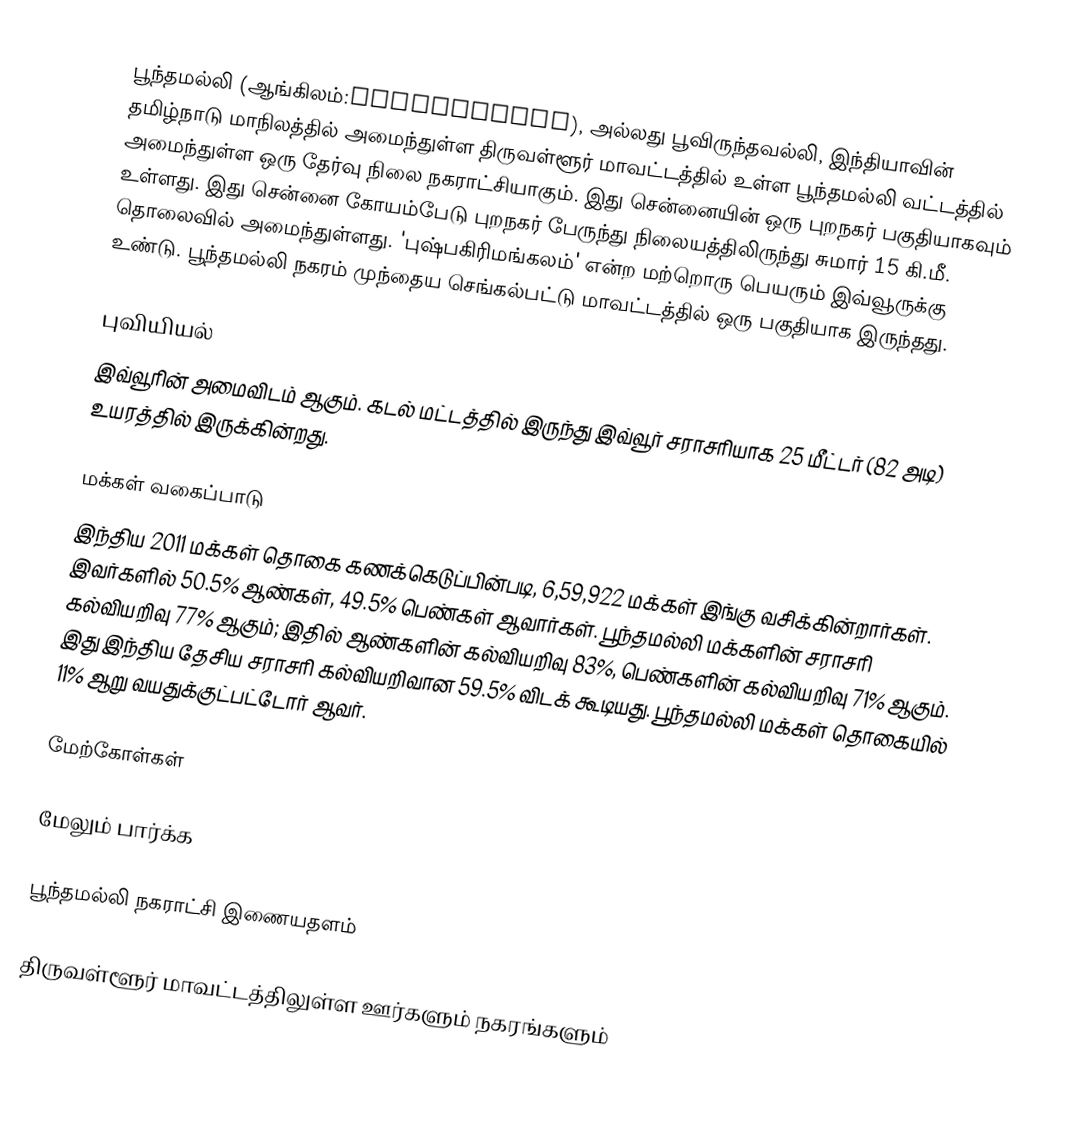
பூந்தமல்லி (ஆங்கிலம்:Poonamallee), அல்லது பூவிருந்தவல்லி, இந்தியாவின் தமிழ்நாடு மாநிலத்தில் அமைந்துள்ள திருவள்ளூர் மாவட்டத்தில் உள்ள பூந்தமல்லி வட்டத்தில் அமைந்துள்ள ஒரு தேர்வு நிலை நகராட்சியாகும். இது சென்னையின் ஒரு புறநகர் பகுதியாகவும் உள்ளது. இது சென்னை கோயம்பேடு புறநகர் பேருந்து நிலையத்திலிருந்து சுமார் 15 கி.மீ. தொலைவில் அமைந்துள்ளது. 'புஷ்பகிரிமங்கலம்' என்ற மற்றொரு பெயரும் இவ்வூருக்கு உண்டு. பூந்தமல்லி நகரம் முந்தைய செங்கல்பட்டு மாவட்டத்தில் ஒரு பகுதியாக இருந்தது.

புவியியல்
இவ்வூரின் அமைவிடம்  ஆகும். கடல் மட்டத்தில் இருந்து இவ்வூர் சராசரியாக 25 மீட்டர் (82 அடி) உயரத்தில் இருக்கின்றது.

மக்கள் வகைப்பாடு
இந்திய 2011 மக்கள் தொகை கணக்கெடுப்பின்படி, 6,59,922 மக்கள் இங்கு வசிக்கின்றார்கள். இவர்களில் 50.5% ஆண்கள், 49.5% பெண்கள் ஆவார்கள். பூந்தமல்லி மக்களின் சராசரி கல்வியறிவு 77% ஆகும்; இதில் ஆண்களின் கல்வியறிவு 83%, பெண்களின் கல்வியறிவு 71% ஆகும். இது இந்திய தேசிய சராசரி கல்வியறிவான 59.5% விடக் கூடியது. பூந்தமல்லி மக்கள் தொகையில் 11% ஆறு வயதுக்குட்பட்டோர் ஆவர்.

மேற்கோள்கள்

மேலும் பார்க்க

 பூந்தமல்லி  நகராட்சி இணையதளம்

திருவள்ளூர் மாவட்டத்திலுள்ள ஊர்களும் நகரங்களும்